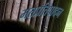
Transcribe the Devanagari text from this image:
मतप्रतिपादन